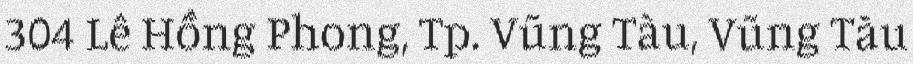
304 Lê Hồng Phong, Tp. Vũng Tàu, Vũng Tàu